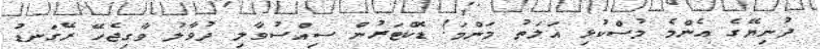
ދުނިޔޭގެ އެންމެ މުސްކުޅި އަލަތު މަންމަ! ޑޮކްޓަރުން ސިއްސުވާލި ދުވާލު ވާގިޖެހޭ ރޭގަނޑު